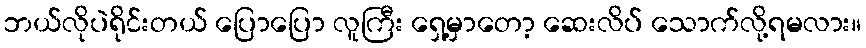
ဘယ်လိုပဲရိုင်းတယ် ပြောပြော လူကြီး ရှေ့မှာတော့ ဆေးလိပ် သောက်လို့ရမလား။